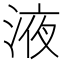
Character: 液